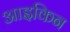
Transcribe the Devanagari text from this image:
आइकिन